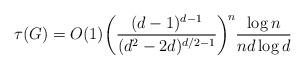
LaTeX: \begin{align*}\tau(G)=O(1) \biggl( \frac{(d-1)^{d-1}}{(d^2-2d)^{d/2-1}}\biggr)^{\!n} \frac{\log n}{nd\log d}\end{align*}